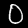
Digit: 0